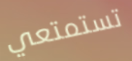
تستمتعي